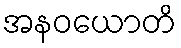
အနဝယောတိ